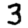
Digit: 3